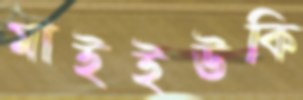
মাইইউকি